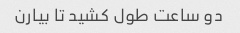
دو ساعت طول کشید تا بیارن